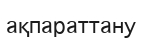
ақпараттану